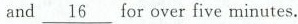
and \underline{16} for over five minutes.